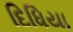
દિધિયા